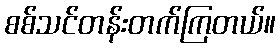
စစ်သင်တန်းတက်ကြတယ်။